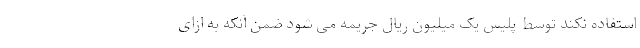
استفاده نکند توسط پلیس یک میلیون ریال جریمه می شود ضمن آنکه به ازای